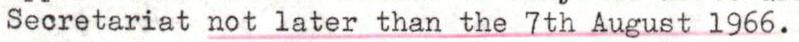
Secretariat not later than the 7th August 1966.